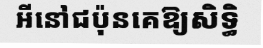
អីនៅជប៉ុនគេឱ្យសិទ្ធិ